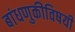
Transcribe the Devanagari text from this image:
बांधणुकीविषयी